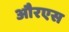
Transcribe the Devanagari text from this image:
औरएस